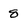
Character: 8